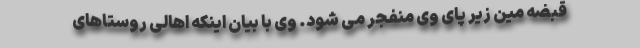
قبضه مین زیر پای وی منفجر می شود. وی با بیان اینکه اهالی روستاهای